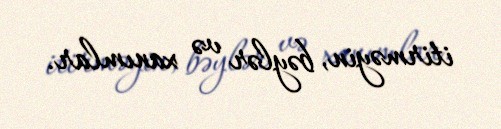
itirməyin, bəylər və xanımlar.